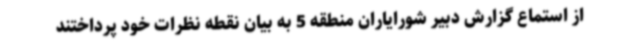
از استماع گزارش دبیر شورایاران منطقه 5 به بیان نقطه نظرات خود پرداختند